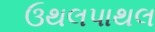
ઉથલપાથલ